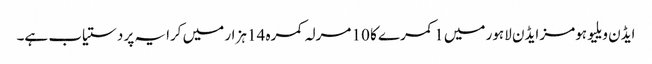
ایڈن ویلیو ہومز ایڈن لاہور میں 1 کمرے کا 10 مرلہ کمرہ 14 ہزار میں کرایہ پر دستیاب ہے۔